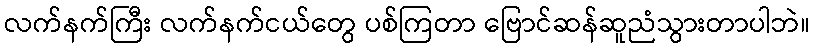
လက်နက်ကြီး လက်နက်ငယ်တွေ ပစ်ကြတာ ဗြောင်ဆန်ဆူညံသွားတာပါဘဲ။